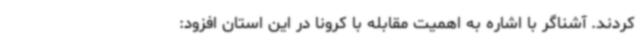
کردند. آشناگر با اشاره به اهمیت مقابله با کرونا در این استان افزود: